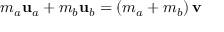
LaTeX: m _ { a } \mathbf { u } _ { a } + m _ { b } \mathbf { u } _ { b } = \left( m _ { a } + m _ { b } \right) \mathbf { v }